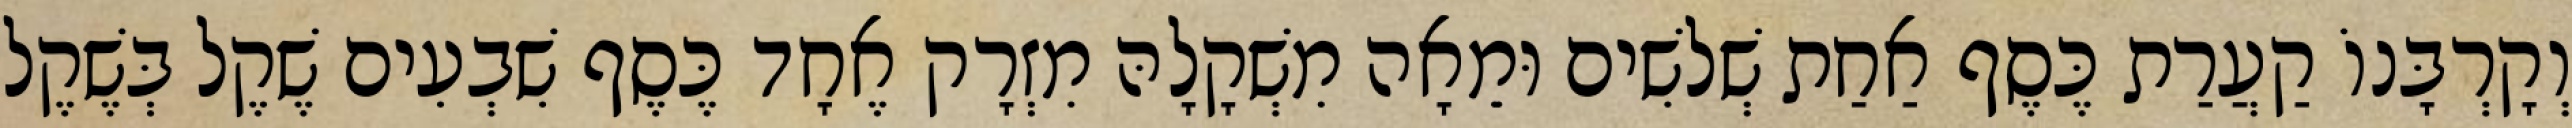
וְקָרְבָּנוֹ קַעֲרַת כֶּסֶף אַחַת שְׁלשִׁים וּמֵאָה מִשְׁקָלָהּ מִזְרָק אֶחָד כֶּסֶף שִׁבְעִים שֶׁקֶל בְּשֶׁקֶל